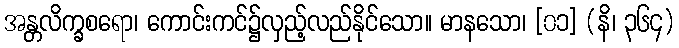
အန္တလိက္ခစရော၊ ကောင်းကင်၌လှည့်လည်နိုင်သော။ မာနသော၊ [၀၁] (နိ၊ ၃၆၄)